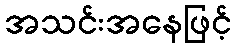
အသင်းအနေဖြင့်